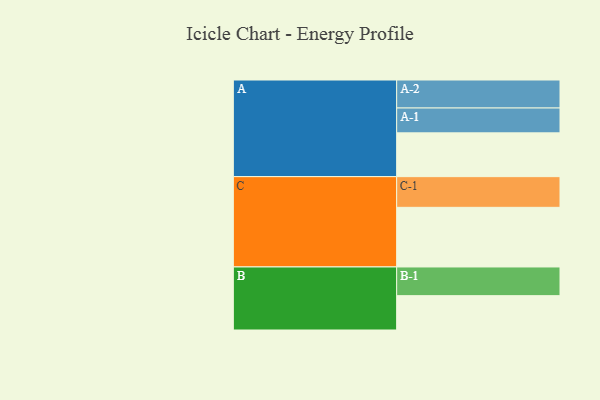
{"axis": {"x": "Segment", "y": "Value"}, "legend": ["", "A", "B", "C"], "data": [{"x": "A", "y": 421, "type": ""}, {"x": "B", "y": 330, "type": ""}, {"x": "C", "y": 573, "type": ""}, {"x": "A-1", "y": 239, "type": "A"}, {"x": "A-2", "y": 269, "type": "A"}, {"x": "B-1", "y": 276, "type": "B"}, {"x": "C-1", "y": 295, "type": "C"}]}